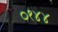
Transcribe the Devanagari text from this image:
०१४४